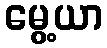
မွေ့ယာ